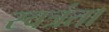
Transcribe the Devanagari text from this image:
स्वत्रंता